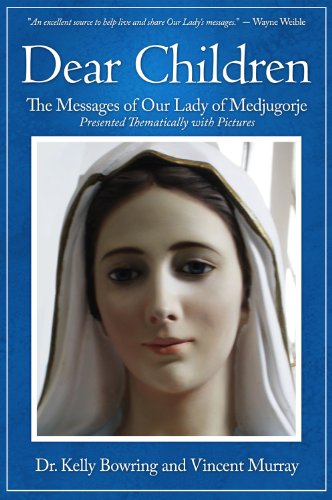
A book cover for Dear Children: The Messages of Our Lady of Medjugorje: Presented Thematically with Pictures; Kelly Bowring; Christian Books & Bibles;